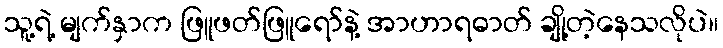
သူ့ရဲ့ မျက်နှာက ဖြူဖတ်ဖြူရော်နဲ့ အာဟာရဓာတ် ချို့တဲ့နေသလိုပဲ။